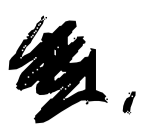
Text: 14,
Cross-out: scratch
Writing tool: digital_black